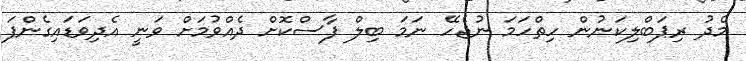
މެދު ރިޕަބްލިކަނުން ހިތްހަމަ ނުޖެހޭ ނަމަ ބިލް ފާސްކޮށް ދެއްވުމަށް ވަނީ އެދިވަޑައިގެންފަ